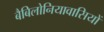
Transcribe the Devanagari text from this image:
बैबिलोनियावासियों